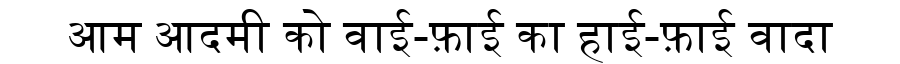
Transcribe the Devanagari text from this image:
आम आदमी को वाई-फ़ाई का हाई-फ़ाई वादा